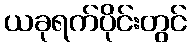
ယခုရက်ပိုင်းတွင်